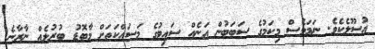
އުސޫލެކެވެ. ނަމަވެސް މިކަމުގެ ސަބަބުން އަނެއް ސައިޓުގެ މަސައްކަތަށް މާބޮޑު ބުރުލެއް ނާރާނެ